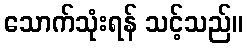
သောက်သုံးရန် သင့်သည်။